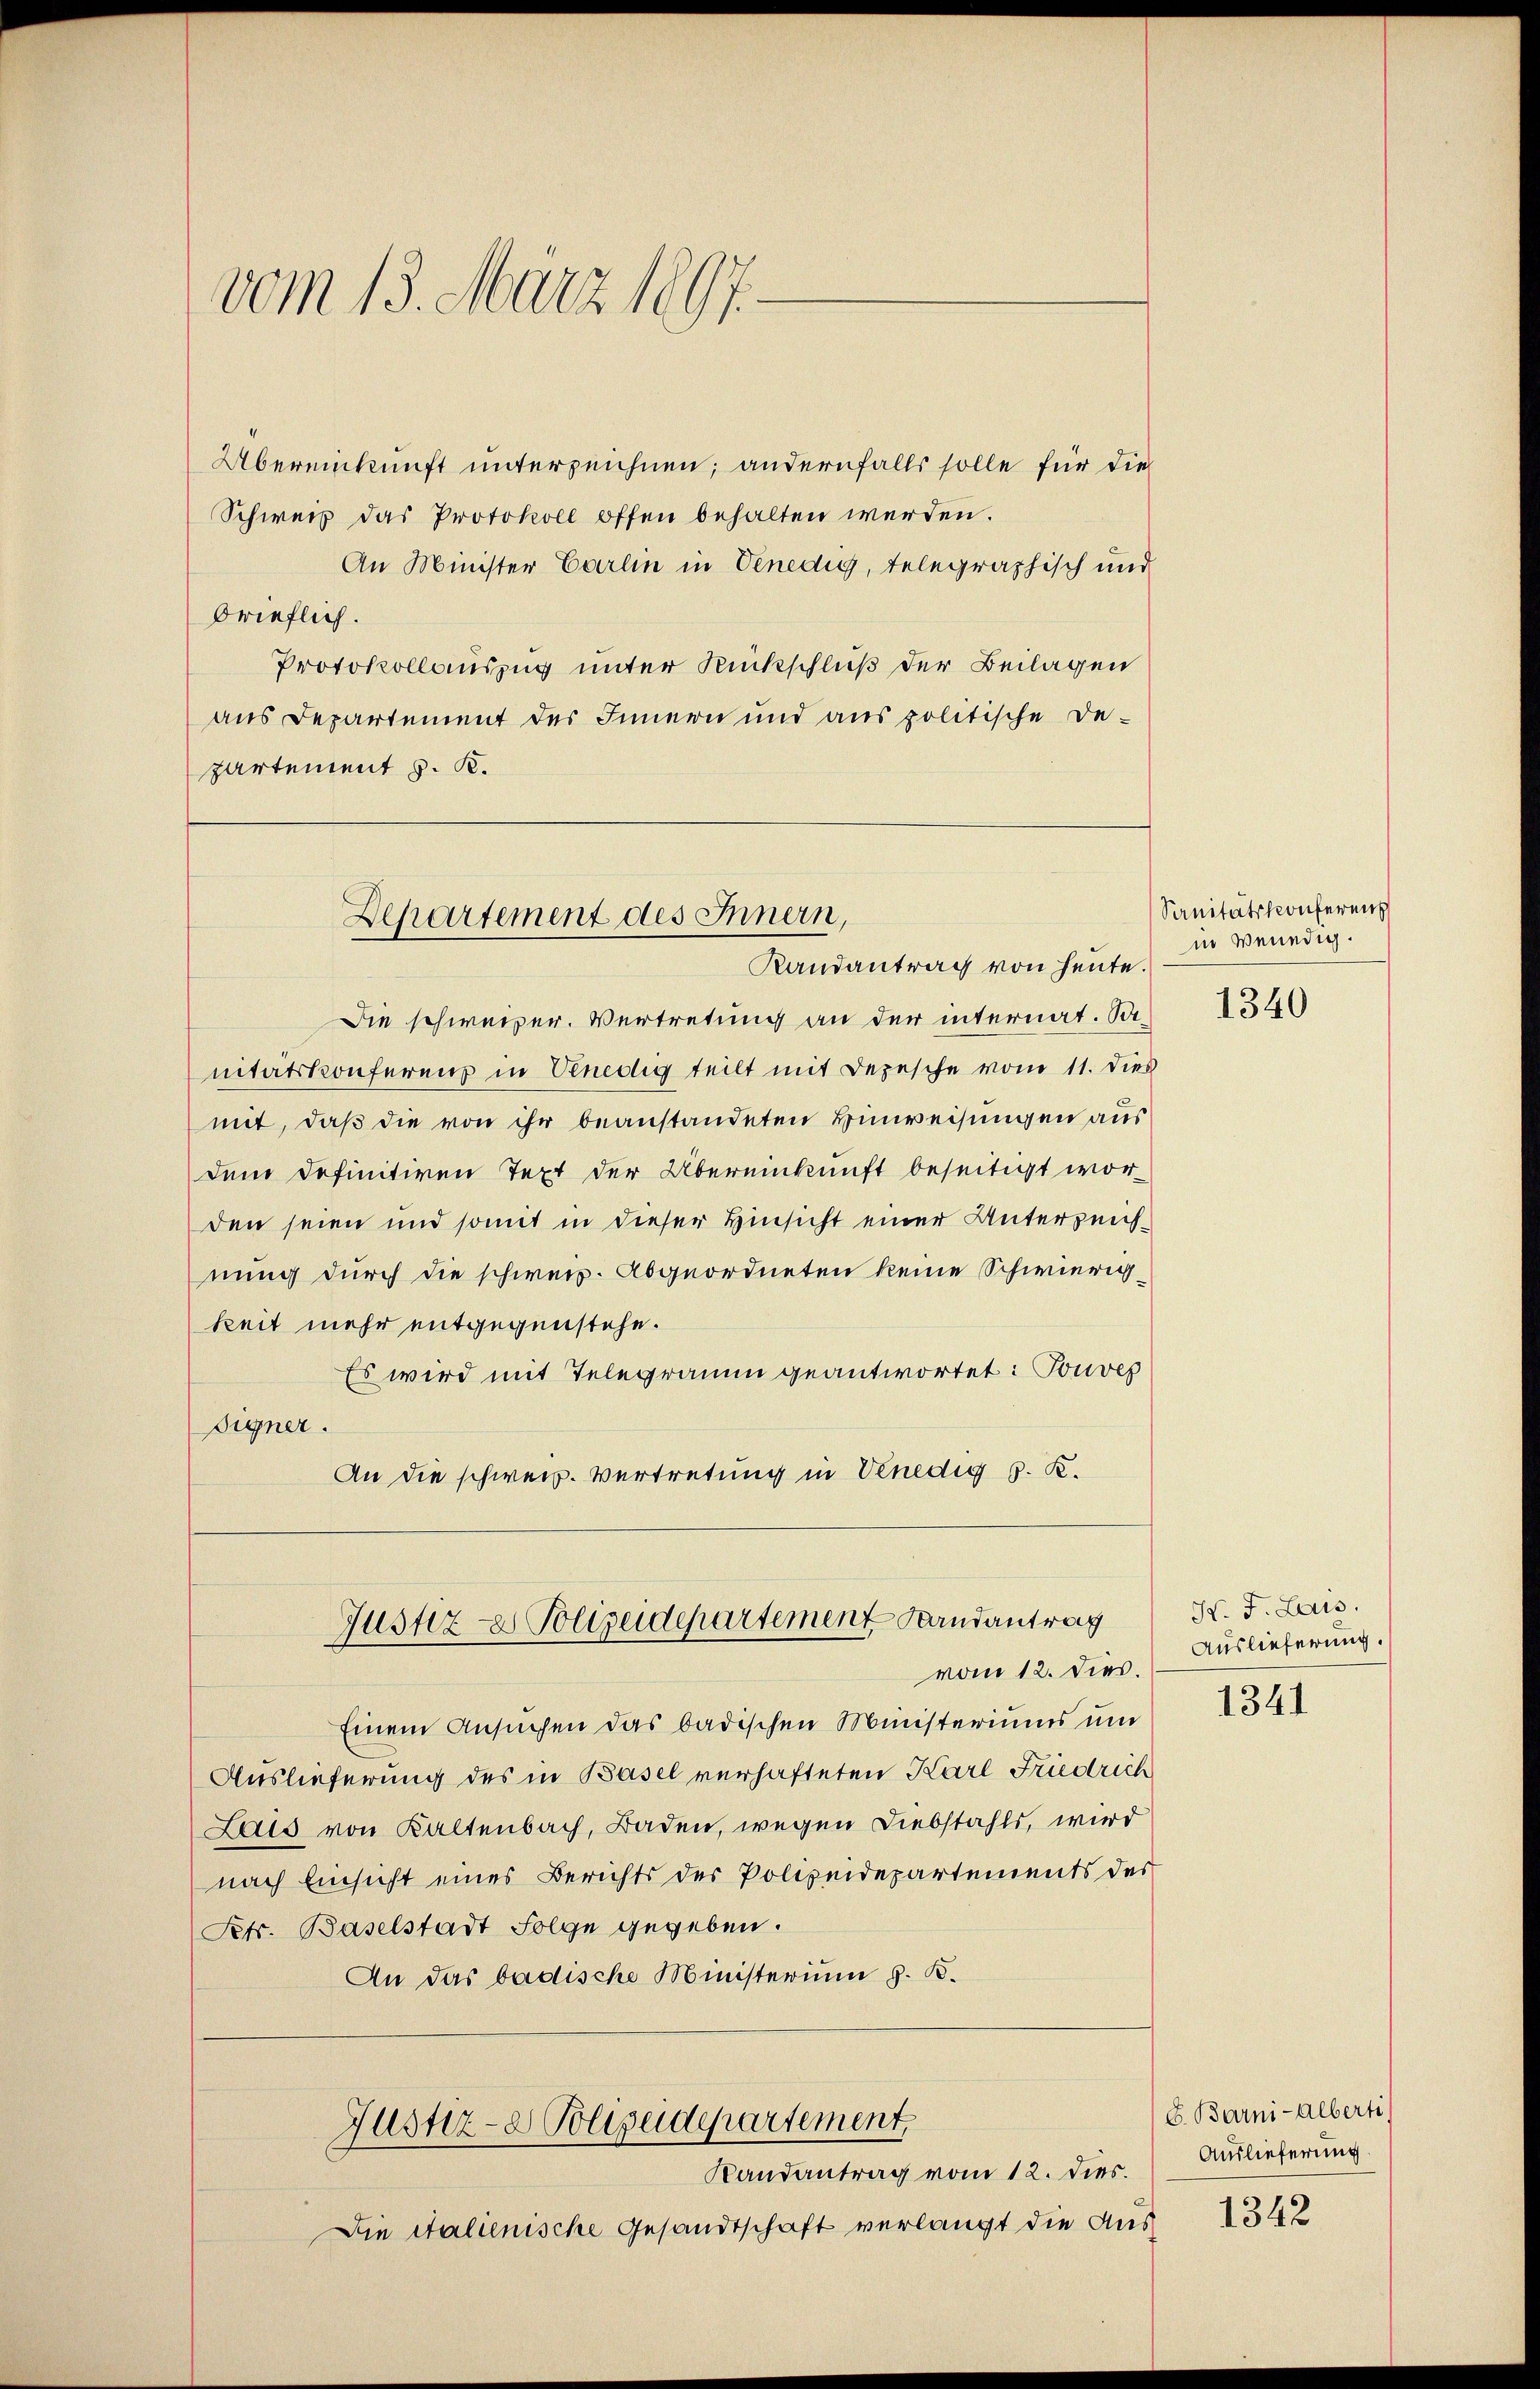
vom 13. März 1897.

Übereinkunft unterzeichnen; andernfalls solle für die
Schweiz das Protokoll offen behalten werden.
An Minister Carlin in Venedig, telegraphisch und
brieflich.
Protokollauszug unter Rückschluß der Beilagen
aus Departement des Innern und aus politische De-
partement v. K.
Die schweizer. Vertretung an der internat. So
nitätskonferenz in Venedig teilt mit Depesche vom 11. dies
mit, daß die von ihr beanstandeten Hinweisungen aus
dem definitiven Text der Übereinkunft beseitigt worden seien und somit in dieser Hinsicht einer Unterzeichnung durch die schweiz. Abgeordneten keine Schwierigkeit mehr entgegenstehe.
Es wird mit Telegramm geantwortet: Touves
Eigner.
An die schweiz. Vertretung in Venedig s. K.
Justiz- & Polizeidepartement Randantrag
vom 12. dieß.
Einem Ansuchen das badischen Ministeriums und
Auslieferung des in Basel verhafteten Karl Friedrich
Lais von Kaltenbach, Baden, wegen Diebstahls, wird
nach Einsicht eines Berichts der Polizeidepartements des
Petr. Baselstadt Folge gegeben.
An das badische Ministerium z. B.

Departement des Innern,

Randantrag von heute.

Justiz- Polizeidepartement
Randantrag vom 12. dies.

Die italienische Gesandtschaft verlangt die Aus

Sanitätskonferenz
in Venedig.

1340

N. F. Lais.
Auslieferung.
1341

E. Barni-Alberti
Auslieferung

1342